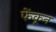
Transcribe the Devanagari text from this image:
फेंकून